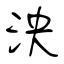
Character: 泱